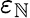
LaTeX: \varepsilon_{\mathbb{N}}